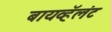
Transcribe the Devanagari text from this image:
बायव्हॅलंट